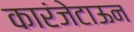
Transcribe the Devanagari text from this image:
कारंजेटाऊन